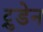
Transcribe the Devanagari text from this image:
ट्रुडेन